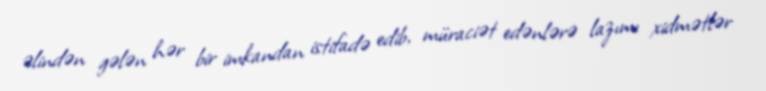
əlindən gələn hər bir imkandan istifadə edib, müraciət edənlərə lazımı xidmətlər